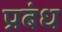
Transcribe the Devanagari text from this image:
प्रबंध